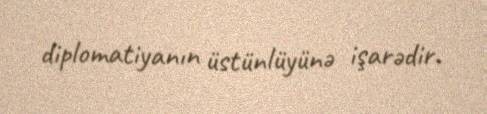
diplomatiyanın üstünlüyünə işarədir.